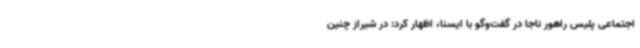
اجتماعی پلیس راهور ناجا در گفت‌وگو با ایسنا، اظهار کرد: در شیراز چنین